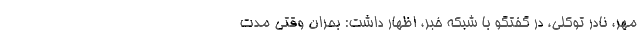
مهر، نادر توکلی، در گفتگو با شبکه خبر، اظهار داشت: بحران وقتی مدت